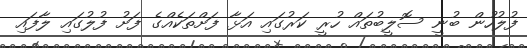
ފުލުހުން ބުނީ ސޮލީބުތައް ހުރީ ކަރުގައި އަޅާ ފަށްތަކެއްގެ ފަށު ފުލުގައި ލާފައި